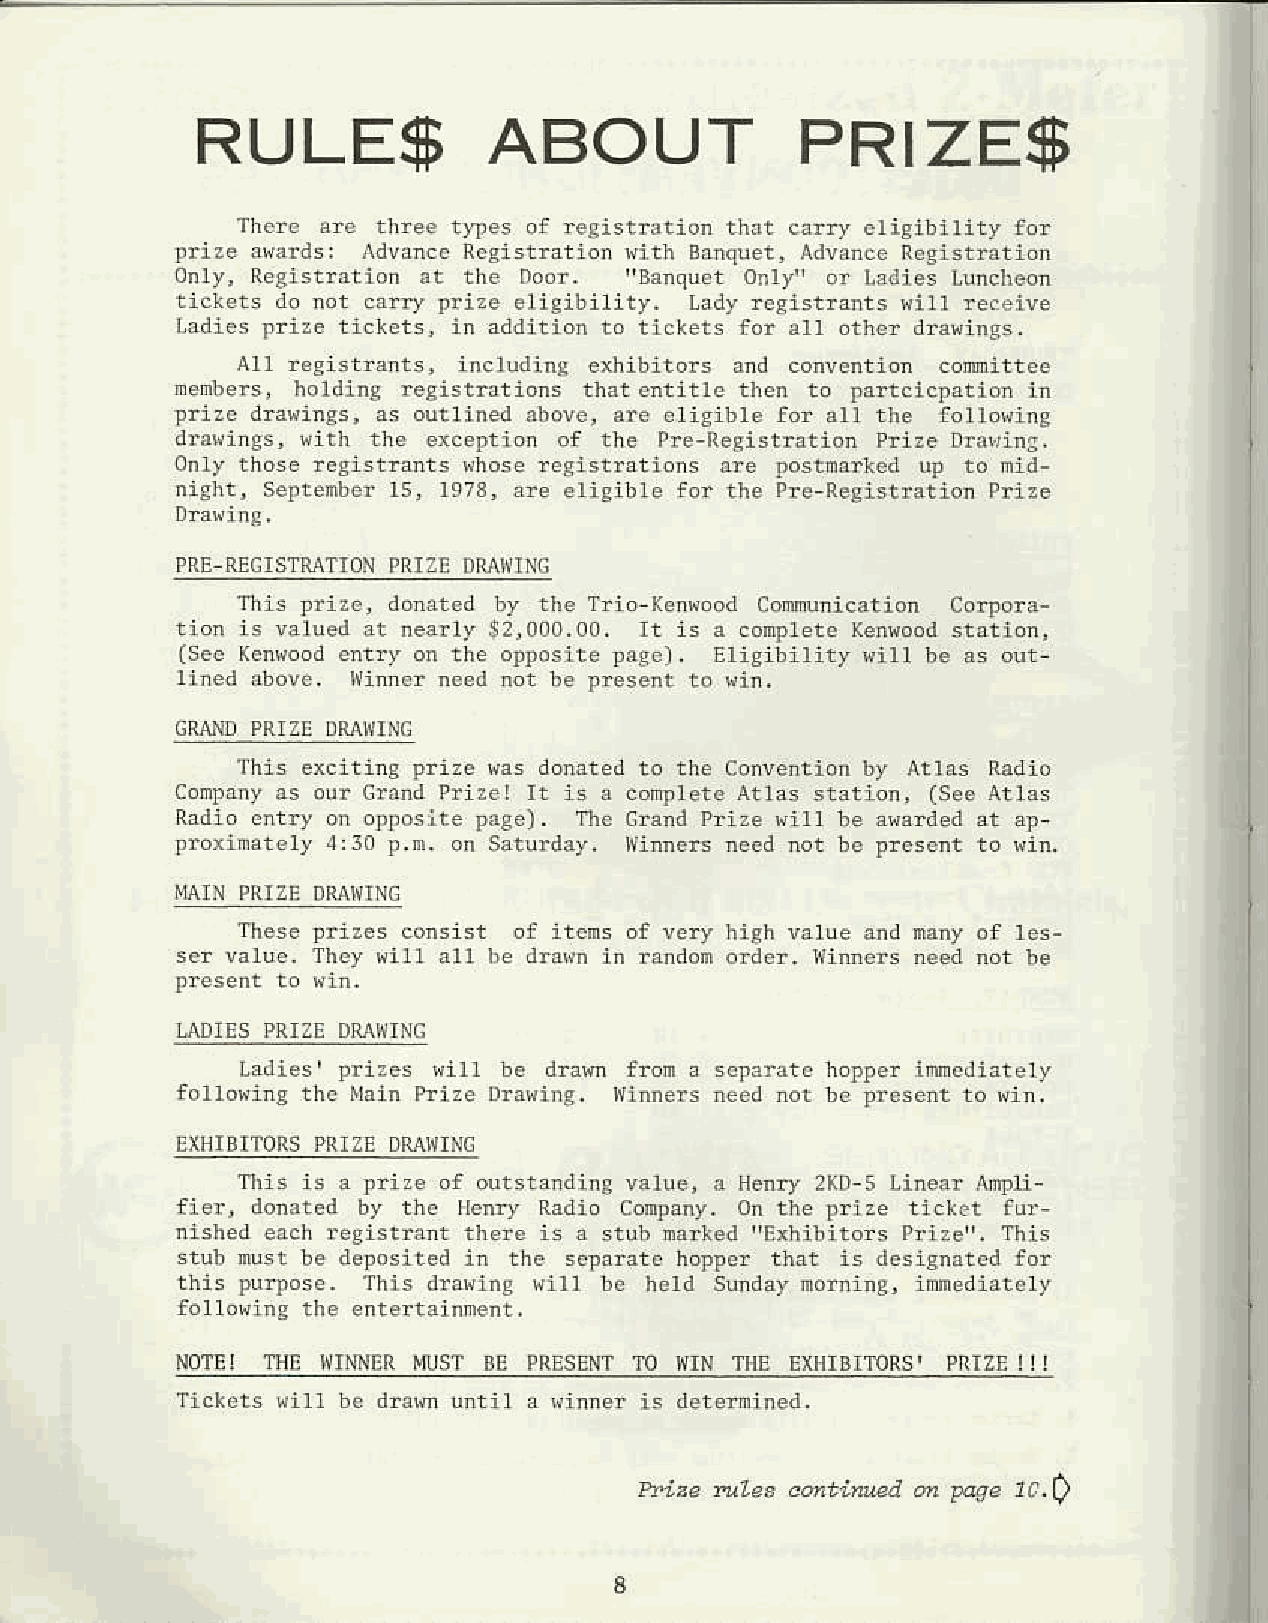
R   U   L  E  $    A   B  O   U   T     P   R  I Z  E   $
 b1,es of rc!islrrrio. rhxt carrr crisibirity ror
 tri.. xv.rds: rdvxn.. Rcgistr3tioi vith Bxnque!,^ dvdncsn .gistration
 !Banqu.t
 0nlr,, Registniion .t the nooi.      o.t)!i or l,rdies Lunclroon
 crDy lfize eligibilitr'. Lldy rcsistrrnts rilr re.iiye
 ti.kdls for all Dthcr dravinss.
 inclLdins exhibirors and conr.ntron comltt.e
 menbers,l roldins registntions tlrat.ntitt. tl,en to trrt.icfrti.n jn
 are cligiblc for
 I  '  i r ' ' o P . . . '
 .re nostnlrtcd !p to nid-
 Pre Resisrfation Prize
 Ihis Fizc, donrtcd                conmunic.rion Co$ora-
 is a con}lete
 {s.. Km,ood .ntry on dE ofl,.site prg.l. Erisibirity virl be as out
 r ined abovc. inn.r nc.Li nDi be fresent r. ir1n,
 to the aoivention hI ^tlns lr.dio
 cDn|an!, s ou. cr..d Prircr rt is x cory1at. dt13s siation, {see ailas
 oroosire prgel. Tlrccrand Pri:e Nirl be a{arded 3t a}
 t.n. otr s:.urdr,v,           bc pr.s.nt to vin.
 5    r
 all lie dnLrd in rnndon ord.r. Itinncrs
 J,nllies'F .i:3s 'i11         3 sqr?aat. hDtt.r inmcdirtdry
 fortoring th. i\hin Prize Dr3,ire, Niniers necd not bc prcscnt to Nin.
 This is 3 prire                . Heniy :K0 s !,ine.r lr)lli
 ficr, donrled by th. Ilcnry nadio aonFny. on the fri:e iick.t fur-
 rislred ex.h resistnnt                ,,nxhilitors Pri:c,,, This
 stul, nust t,e derositcd in th. s.pamt. hotper that is dcsis.at.d for
 this }urfose. This dr:'rin! uill be hcrd sunda) norning, imicdir!.ly
 .nrertainn.nr.
 BL lr  r\. rc
 'i    i 'l '  I
 tuize nL2! cdtinuen e anse 1r.Q